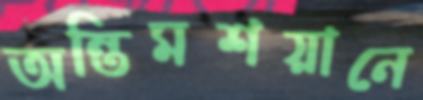
অন্তিমশয়ানে